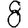
Digit: 8